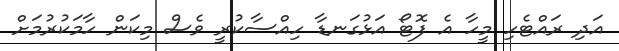
އަދި ރައްޓެހި މީހާ އެ ފޮޓޯ އަޅުގަނޑާ ހިއްސާކުރީ ވެސް މިކަން ހާމަކުރުމަށް